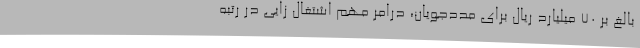
بالغ بر 70 میلیارد ریال برای مددجویان، درامر مهم اشتغال زایی در رتبه